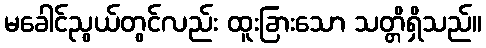
မခေါင်ညွယ်တွင်လည်း ထူးခြားသော သတ္တိရှိသည်။